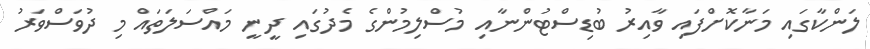
ލަންކާގައި މަނާކޮށްފައި ވާއިރު ބުޑިސްޓުންނާއި މުސްލިމުންގެ މެދުގައި ދީނީ މައްސަލަތައް މި ދުވަސްވަރު